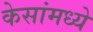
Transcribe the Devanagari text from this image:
केसांमध्ये